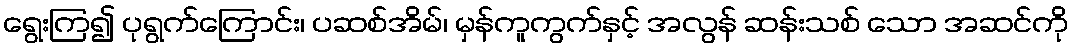
ရွေးကြ၍ ပုရွက်ကြောင်း၊ ပဆစ်အိမ်၊ မှန်ကူကွက်နှင့် အလွန် ဆန်းသစ် သော အဆင်ကို